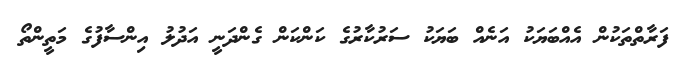
ފަރާތްތަކުން އެއްބަޔަކު އަނެއް ބަޔަކު ސަރުކާރުގެ ކަންކަން ގެންދަނީ އަދުލު އިންސާފުގެ މަތީންތޯ